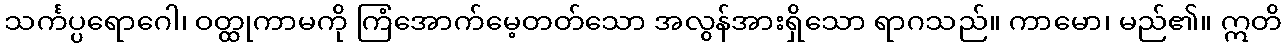
သင်္ကပ္ပရောဂေါ၊ ဝတ္ထုကာမကို ကြံအောက်မေ့တတ်သော အလွန်အားရှိသော ရာဂသည်။ ကာမော၊ မည်၏။ ဣတိ